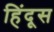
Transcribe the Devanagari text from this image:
हिंदूस